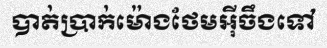
បាត់ប្រាក់ម៉ោងថែមអ៊ីចឹងទៅ